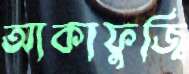
আকাফুজি